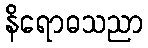
နိရောဓသညာ